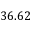
3 6 . 6 2